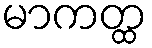
မာကတ္ထ